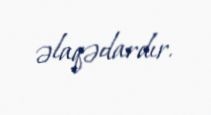
əlaqədardır.